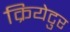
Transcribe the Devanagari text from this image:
क्रियेटुर